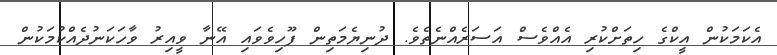
އެކަމަކުން އީކްގެ ހިތަށްކުރި އެއްވެސް އަސަރެއްނެތެވެ. ދުނިޔެމަތިން ފޫހިވެވައި އޭނާ ވީއިރު ވާހަކަނުދެއްކުމަކުން